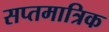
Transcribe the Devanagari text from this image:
सप्तमात्रिक